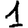
Digit: 1